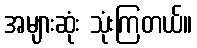
အများဆုံး သုံးကြတယ်။